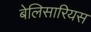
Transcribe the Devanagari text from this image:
बेलिसारियस